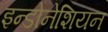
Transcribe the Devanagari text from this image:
इन्डोनेशियन